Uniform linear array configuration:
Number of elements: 64
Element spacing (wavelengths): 0.25
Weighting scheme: exponential
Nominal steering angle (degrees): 45
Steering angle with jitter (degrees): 46.244
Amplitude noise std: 0.05
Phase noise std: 0.05

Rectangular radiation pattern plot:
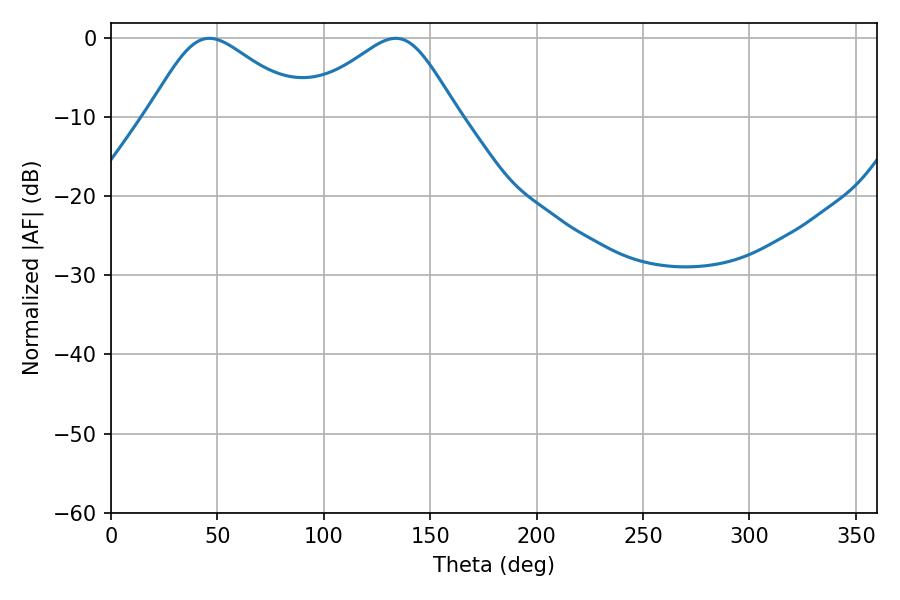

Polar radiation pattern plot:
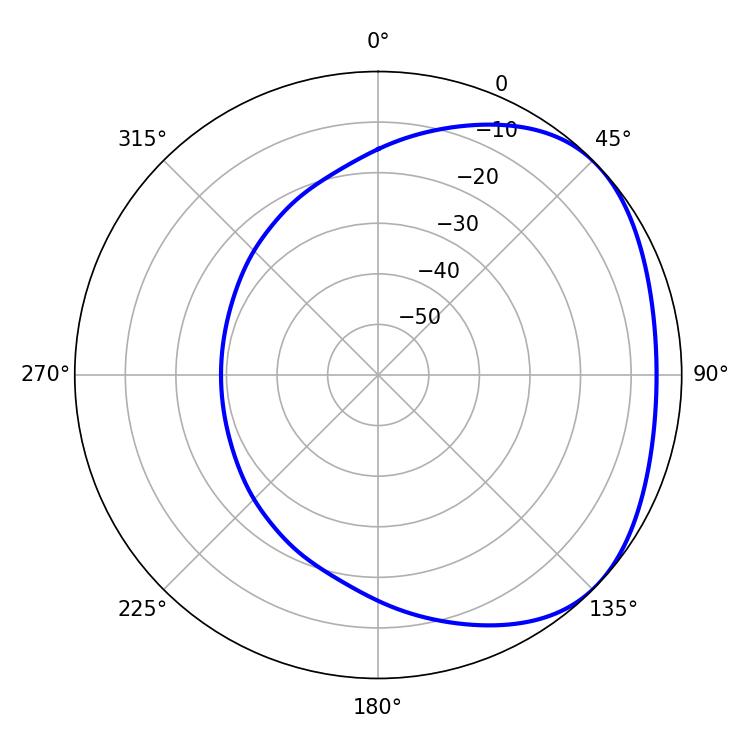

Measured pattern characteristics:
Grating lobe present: FALSE
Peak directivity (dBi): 2.628
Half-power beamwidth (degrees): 36.72
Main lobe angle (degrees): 46.26